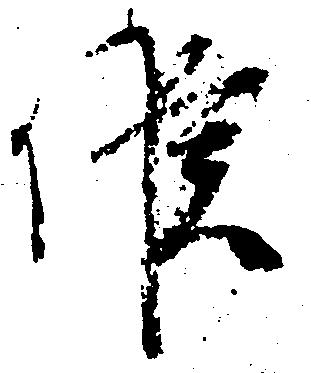
候